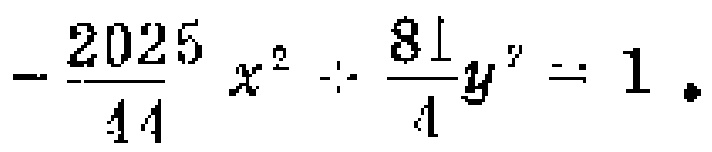
\(-\frac{2025}{44}x^{2}+\frac{81}{4}y^{2}=1\)